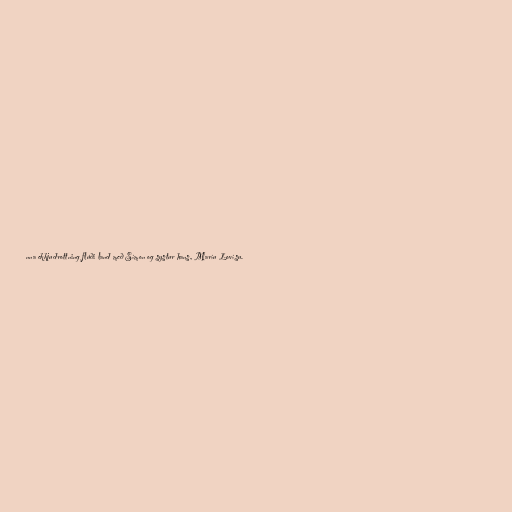
nna ekkjudrottning flúði land með Símon og systur hans, Maríu Lovísu.